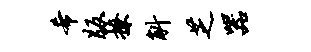
希版撩斛芝器